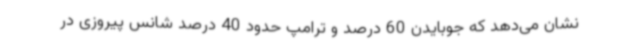
نشان می‌دهد که جوبایدن 60 درصد و ترامپ حدود 40 درصد شانس پیروزی در